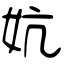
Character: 妔